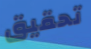
تحقيق